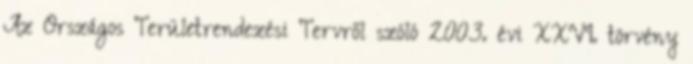
Az Országos Területrendezési Tervről szóló 2003. évi XXVI. törvény